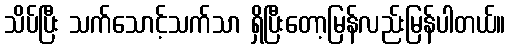
သိပ်ပြီး သက်သောင့်သက်သာ ရှိပြီးတော့မြန်လည်းမြန်ပါတယ်။